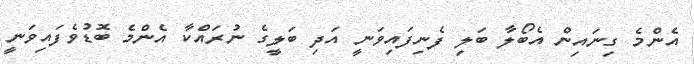
އެންމެ ގިނައިން އެބޯލާ ބަލި ފެނިފައިވަނީ އަދި ބަލީގެ ނުރައްކާ އެންމެ ބޮޑުވެފައިވަނީ